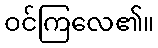
ဝင်ကြလေ၏။